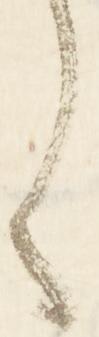
く